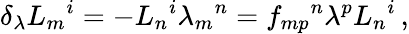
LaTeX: \delta_{\lambda}L_{m}{}^{i}=-L_{n}{}^{i}\lambda_{m}{}^{n}=f_{mp}{}^{n}\lambda^{p}L_{n}{}^{i}\, ,